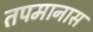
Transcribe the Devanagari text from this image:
तपमानास